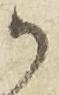
御